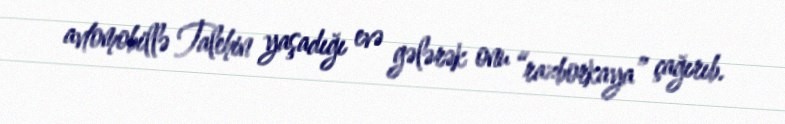
avtomobillə Talehin yaşadığı evə gələrək onu “razborkaya” çağırıb.